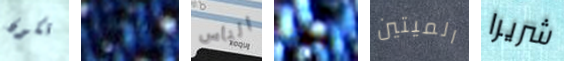
تكون بانني الناس روايتك الميتين شريرا